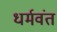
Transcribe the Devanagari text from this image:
धर्मवंत